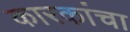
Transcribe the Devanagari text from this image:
कारकांचा